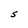
Character: S